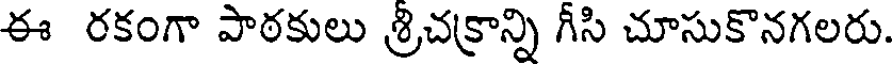
ఈ రకంగా పాఠకులు శ్రిచక్రాన్ని గీసి చూసుకొనగలరు.